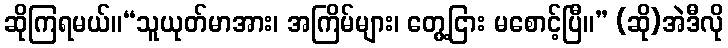
ဆိုကြရမယ်။“သူယုတ်မာအား၊ အကြိမ်များ၊ တွေ့ငြား မစောင့်ပြီ။” (ဆို)အဲဒီလို